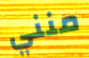
منني